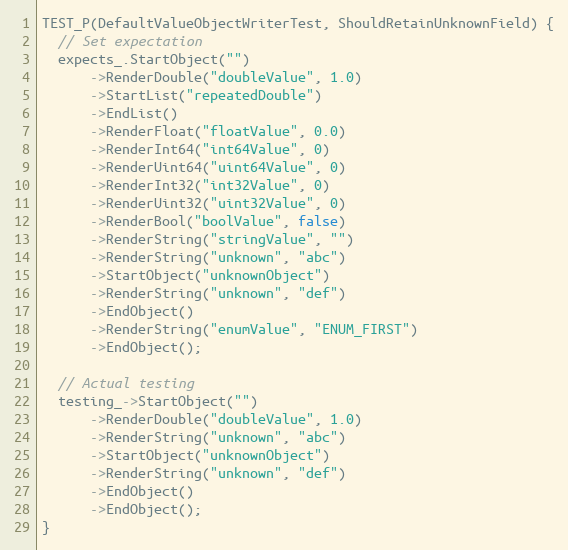
Language: C++
TEST_P(DefaultValueObjectWriterTest, ShouldRetainUnknownField) {
  // Set expectation
  expects_.StartObject("")
      ->RenderDouble("doubleValue", 1.0)
      ->StartList("repeatedDouble")
      ->EndList()
      ->RenderFloat("floatValue", 0.0)
      ->RenderInt64("int64Value", 0)
      ->RenderUint64("uint64Value", 0)
      ->RenderInt32("int32Value", 0)
      ->RenderUint32("uint32Value", 0)
      ->RenderBool("boolValue", false)
      ->RenderString("stringValue", "")
      ->RenderString("unknown", "abc")
      ->StartObject("unknownObject")
      ->RenderString("unknown", "def")
      ->EndObject()
      ->RenderString("enumValue", "ENUM_FIRST")
      ->EndObject();

  // Actual testing
  testing_->StartObject("")
      ->RenderDouble("doubleValue", 1.0)
      ->RenderString("unknown", "abc")
      ->StartObject("unknownObject")
      ->RenderString("unknown", "def")
      ->EndObject()
      ->EndObject();
}